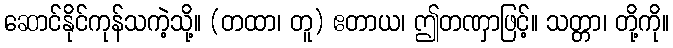
ဆောင်နိုင်ကုန်သကဲ့သို့။ (တထာ၊ တူ) ဧတာယ၊ ဤတဏှာဖြင့်။ သတ္တာ၊ တို့ကို။